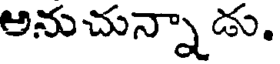
అనుచున్నాడు.